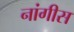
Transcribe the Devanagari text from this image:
नांगीस